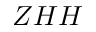
Z H H